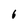
Character: 6